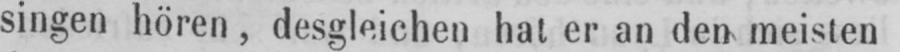
singen hören, desgleichen hat er an den meisten